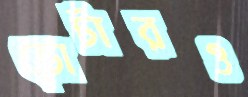
ভোটারও